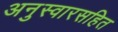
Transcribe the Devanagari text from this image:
अनुस्वारसहित